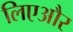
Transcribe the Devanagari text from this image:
लिएऔर